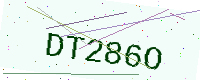
Text: DT286O